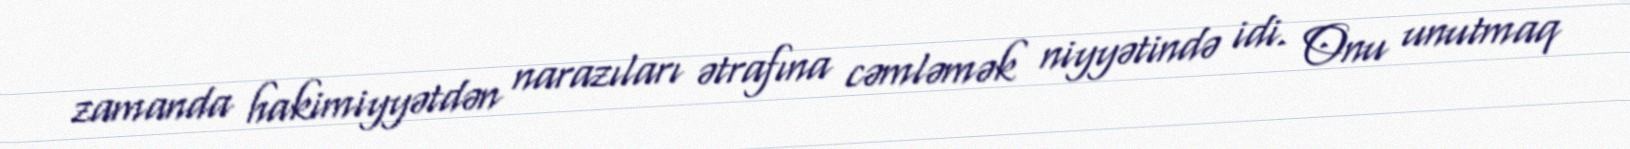
zamanda hakimiyyətdən narazıları ətrafına cəmləmək niyyətində idi. Onu unutmaq